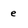
Character: e